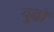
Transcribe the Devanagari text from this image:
यु्द्धों